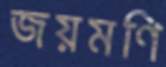
জয়মণি